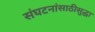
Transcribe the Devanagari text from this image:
संघटनांसाठीसुद्धा